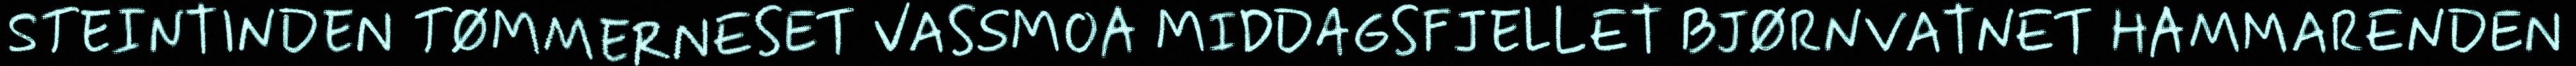
STEINTINDEN TØMMERNESET VASSMOA MIDDAGSFJELLET BJØRNVATNET HAMMARENDEN